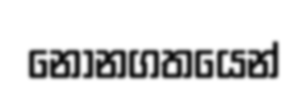
නොනගතයෙන්